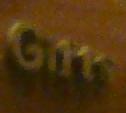
gifts